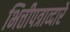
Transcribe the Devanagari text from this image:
भित्तीपत्राव्दारे